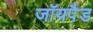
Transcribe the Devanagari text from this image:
जॉयपैड